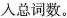
入总词数。